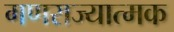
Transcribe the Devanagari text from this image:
गणराज्‍यात्‍मक